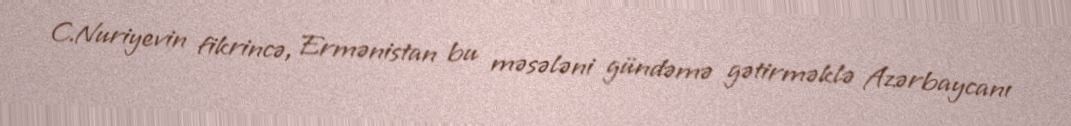
C.Nuriyevin fikrincə, Ermənistan bu məsələni gündəmə gətirməklə Azərbaycanı